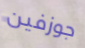
جوزفين